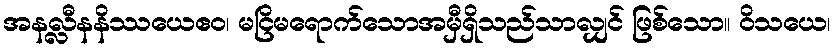
အနလ္လီနနိဿယေဧဝ၊ မငြိမရောက်သောအမှီရှိသည်သာလျှင် ဖြစ်သော။ ဝိသယေ၊